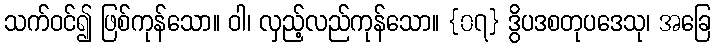
သက်ဝင်၍ ဖြစ်ကုန်သော။ ဝါ၊ လှည့်လည်ကုန်သော။ {၀၇} ဒွိပဒစတုပဒေသု၊ အခြေ